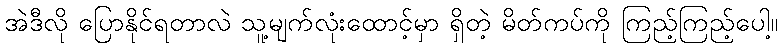
အဲဒီလို ပြောနိုင်ရတာလဲ သူ့မျက်လုံးထောင့်မှာ ရှိတဲ့ မိတ်ကပ်ကို ကြည့်ကြည့်ပေါ့။